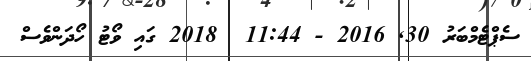
ސެޕްޓެމްބަރު 30